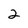
Character: 2